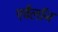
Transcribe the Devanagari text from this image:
एवैलॉन